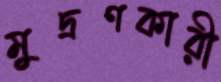
মুদ্রণকারী